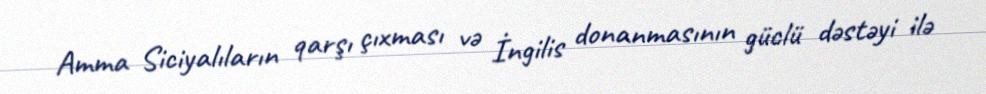
Amma Siciyalıların qarşı çıxması və İngilis donanmasının güclü dəstəyi ilə